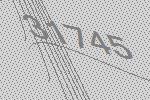
31745